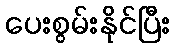
ပေးစွမ်းနိုင်ပြီး